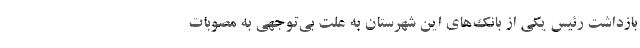
بازداشت رئیس یکی از بانک‌های این شهرستان به علت بی‌توجهی به مصوبات